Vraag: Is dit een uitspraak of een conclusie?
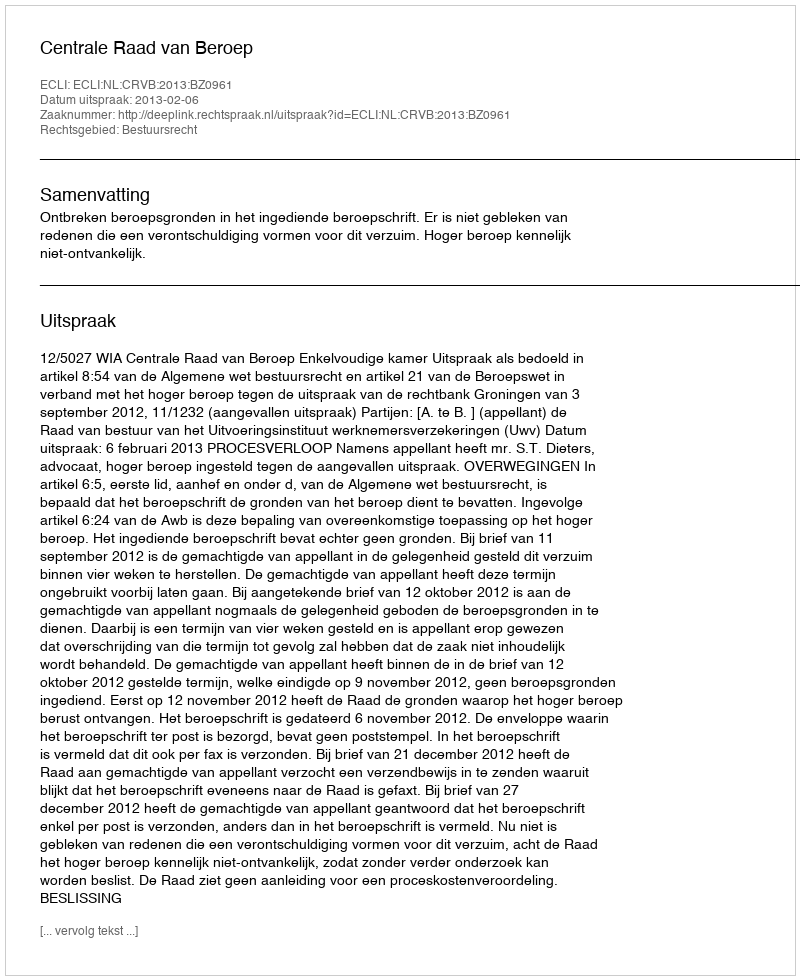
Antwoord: Uitspraak